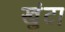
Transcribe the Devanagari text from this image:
खुंटा